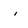
Character: i